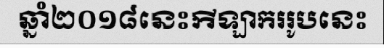
ឆ្នាំ២០១៨នេះកីឡាកររូបនេះ